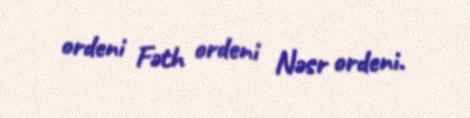
ordeni Fəth ordeni Nəsr ordeni.